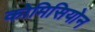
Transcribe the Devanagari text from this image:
कोमिसियोन